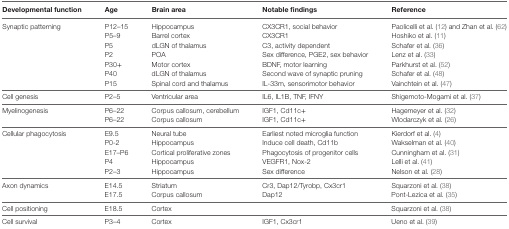
<table><thead><tr><td><b>Developmental function</b></td><td><b>Age</b></td><td><b>Brain area</b></td><td><b>Notable findings</b></td><td><b>Reference</b></td></tr></thead><tbody><tr><td rowspan="7">Synaptic patterning</td><td>P12–15</td><td>Hippocampus</td><td>CX3CR1, social behavior</td><td>Paolicelli et al. (12) and Zhan et al. (62)</td></tr><tr><td>P5–9</td><td>Barrel cortex</td><td>CX3CR1</td><td>Hoshiko et al. (11)</td></tr><tr><td>P5</td><td>dLGN of thalamus</td><td>C3, activity dependent</td><td>Schafer et al. (36)</td></tr><tr><td>P2</td><td>POA</td><td>Sex difference, PGE2, sex behavior</td><td>Lenz et al. (33)</td></tr><tr><td>P30+</td><td>Motor cortex</td><td>BDNF, motor learning</td><td>Parkhurst et al. (52)</td></tr><tr><td>P40</td><td>dLGN of thalamus</td><td>Second wave of synaptic pruning</td><td>Schafer et al. (48)</td></tr><tr><td>P15</td><td>Spinal cord and thalamus</td><td>IL-33m, sensorimotor behavior</td><td>Vainchtein et al. (47)</td></tr><tr><td>Cell genesis</td><td>P2–5</td><td>Ventricular area</td><td>IL6, IL1B, TNF, IFNY</td><td>Shigemoto-Mogami et al. (37)</td></tr><tr><td rowspan="2">Myelinogenesis</td><td>P6–22</td><td>Corpus callosum, cerebellum</td><td>IGF1, Cd11c+</td><td>Hagemeyer et al. (32)</td></tr><tr><td>P6–22</td><td>Corpus callosum</td><td>IGF1, Cd11c+</td><td>Wlodarczyk et al. (26)</td></tr><tr><td rowspan="5">Cellular phagocytosis</td><td>E9.5</td><td>Neural tube</td><td>Earliest noted microglia function</td><td>Kierdorf et al. (4)</td></tr><tr><td>P0-2</td><td>Hippocampus</td><td>Induce cell death, Cd11b</td><td>Wakselman et al. (40)</td></tr><tr><td>E17–P6</td><td>Cortical proliferative zones</td><td>Phagocytosis of progenitor cells</td><td>Cunningham et al. (31)</td></tr><tr><td>P4</td><td>Hippocampus</td><td>VEGFR1, Nox-2</td><td>Lelli et al. (41)</td></tr><tr><td>P2–3</td><td>Hippocampus</td><td>Sex difference</td><td>Nelson et al. (28)</td></tr><tr><td rowspan="2">Axon dynamics</td><td>E14.5</td><td>Striatum</td><td>Cr3, Dap12/Tyrobp, Cx3cr1</td><td>Squarzoni et al. (38)</td></tr><tr><td>E17.5</td><td>Corpus callosum</td><td>Dap12</td><td>Pont-Lezica et al. (35)</td></tr><tr><td>Cell positioning</td><td>E18.5</td><td>Cortex</td><td></td><td>Squarzoni et al. (38)</td></tr><tr><td>Cell survival</td><td>P3–4</td><td>Cortex</td><td>IGF1, Cx3cr1</td><td>Ueno et al. (39)</td></tr></tbody></table>